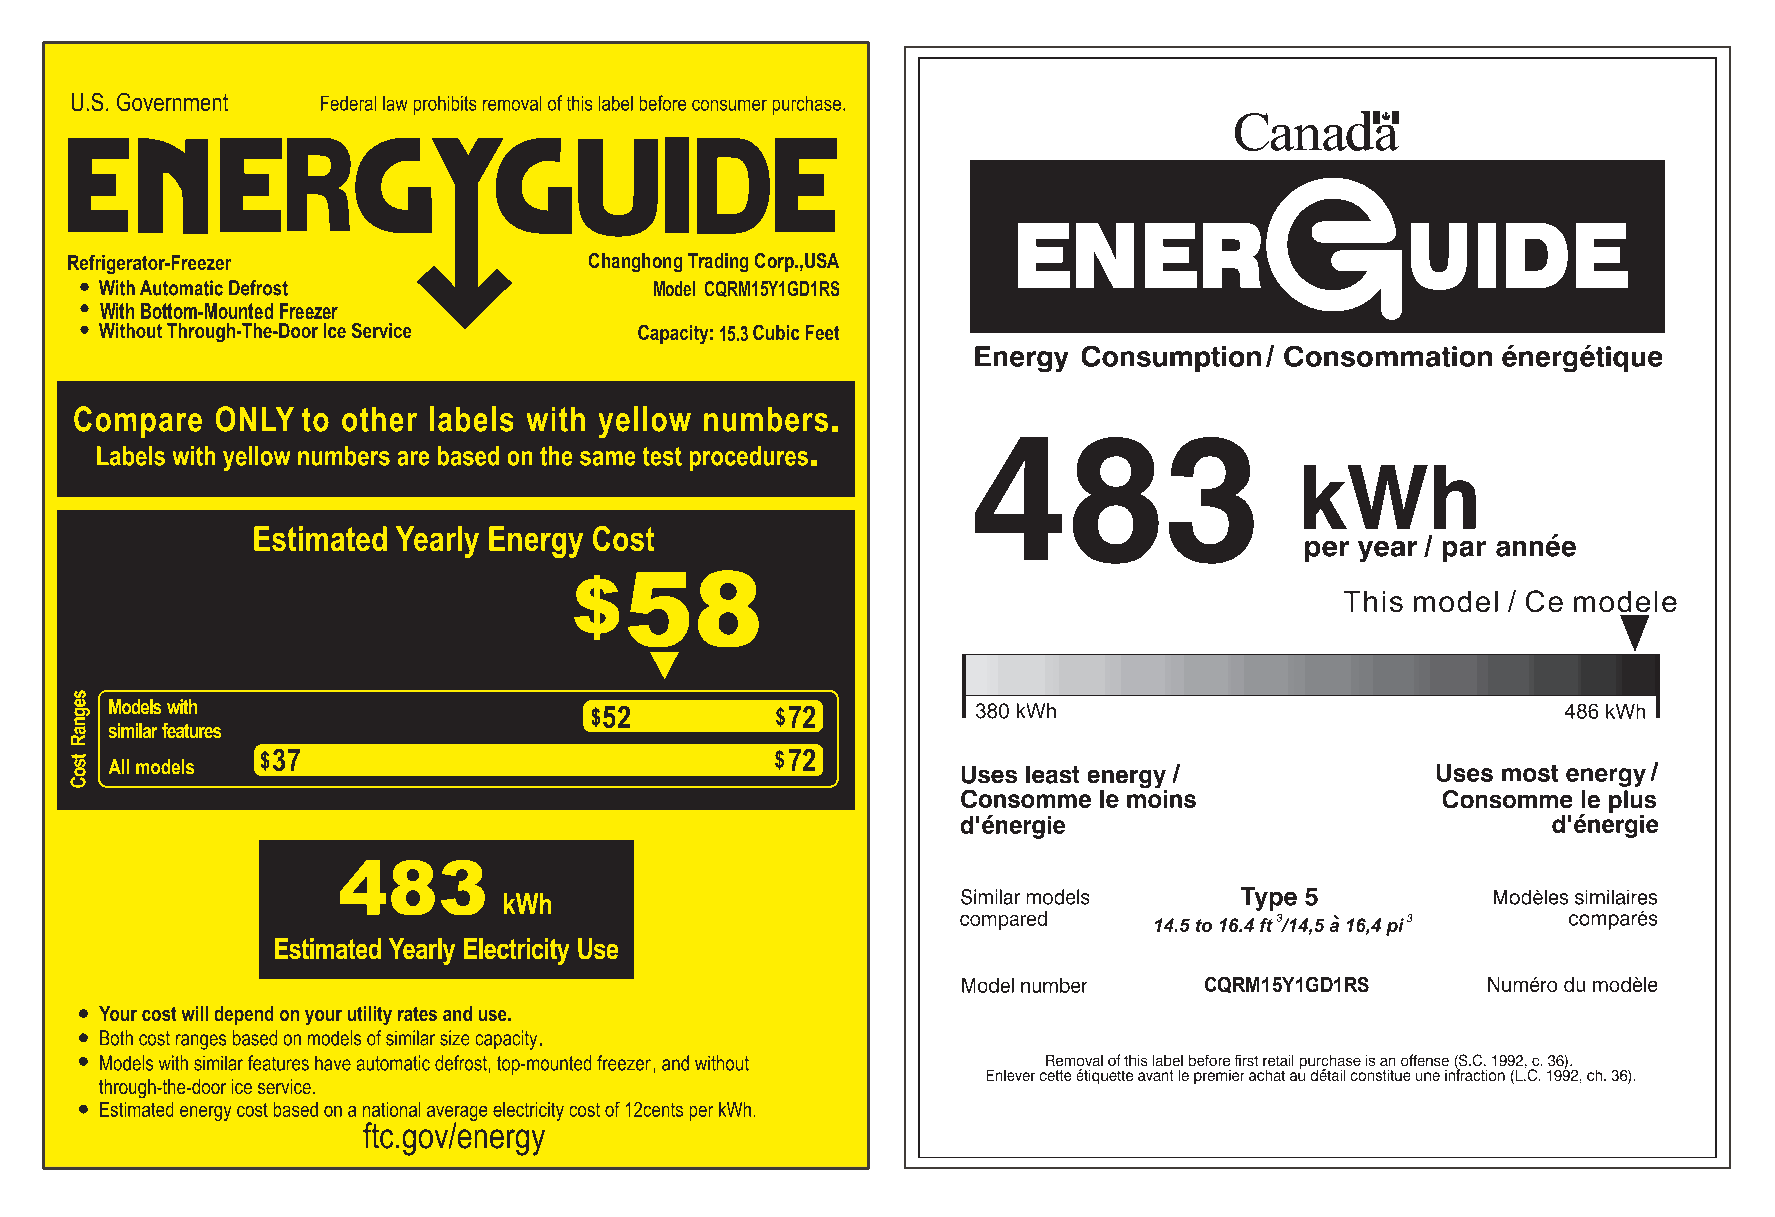
Changhong Trading Corp.,USA
 Model CQRM15Y1GD1RS
 With Bottom-Mounted Freezer
 15.3
 58
 52          72
 37                                72
 483
 CQRM15Y1GD1RS